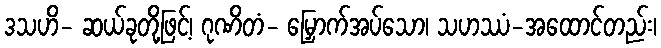
ဒသဟိ- ဆယ်ခုတို့ဖြင့်၊ ဂုဏိတံ- မြှောက်အပ်သော၊ သဟဿံ-အထောင်တည်း၊